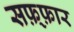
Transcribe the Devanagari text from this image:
सफ़्फ़ार